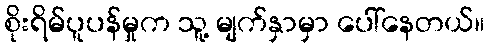
စိုးရိမ်ပူပန်မှုက သူ့ မျက်နှာမှာ ပေါ်နေတယ်။